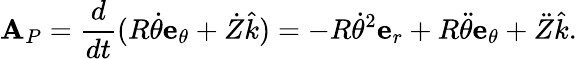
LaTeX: {\textbf{A}}_{P}={\frac{d}{dt}}(R{\dot{\theta}}{\textbf{e}}_{\theta}+{\dot{Z}}{\hat{k}})=-R{\dot{\theta}}^{2}{\textbf{e}}_{r}+R{\ddot{\theta}}{\textbf{e}}_{\theta}+{\ddot{Z}}{\hat{k}}.